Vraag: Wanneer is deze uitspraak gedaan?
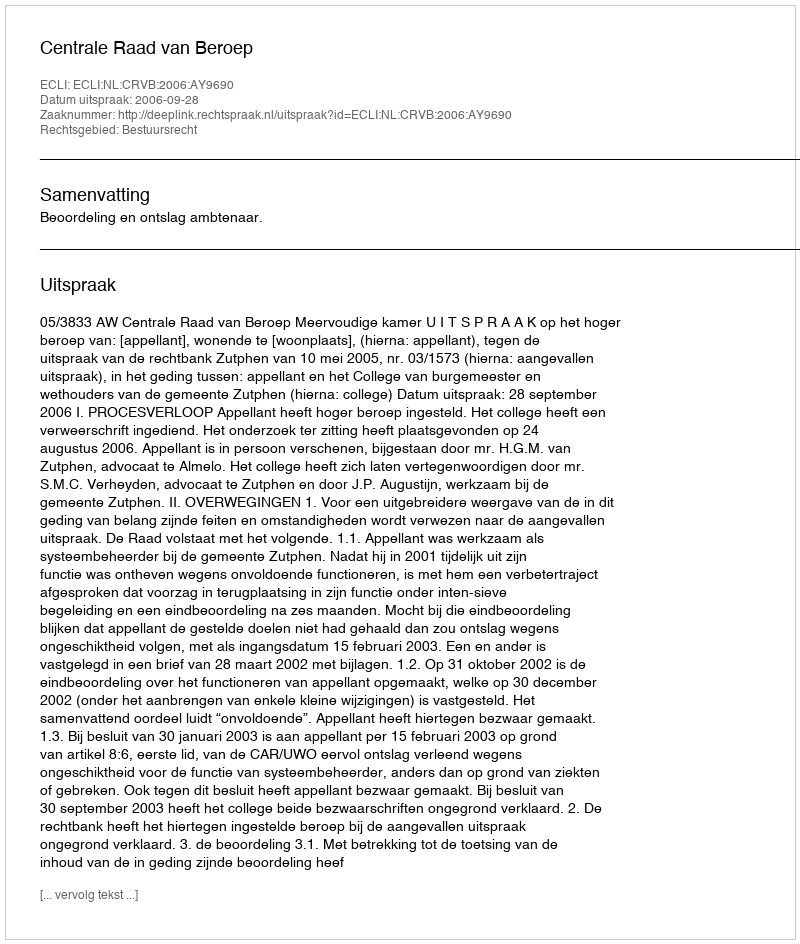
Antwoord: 2006-09-28